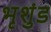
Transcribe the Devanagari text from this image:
भृशुंड